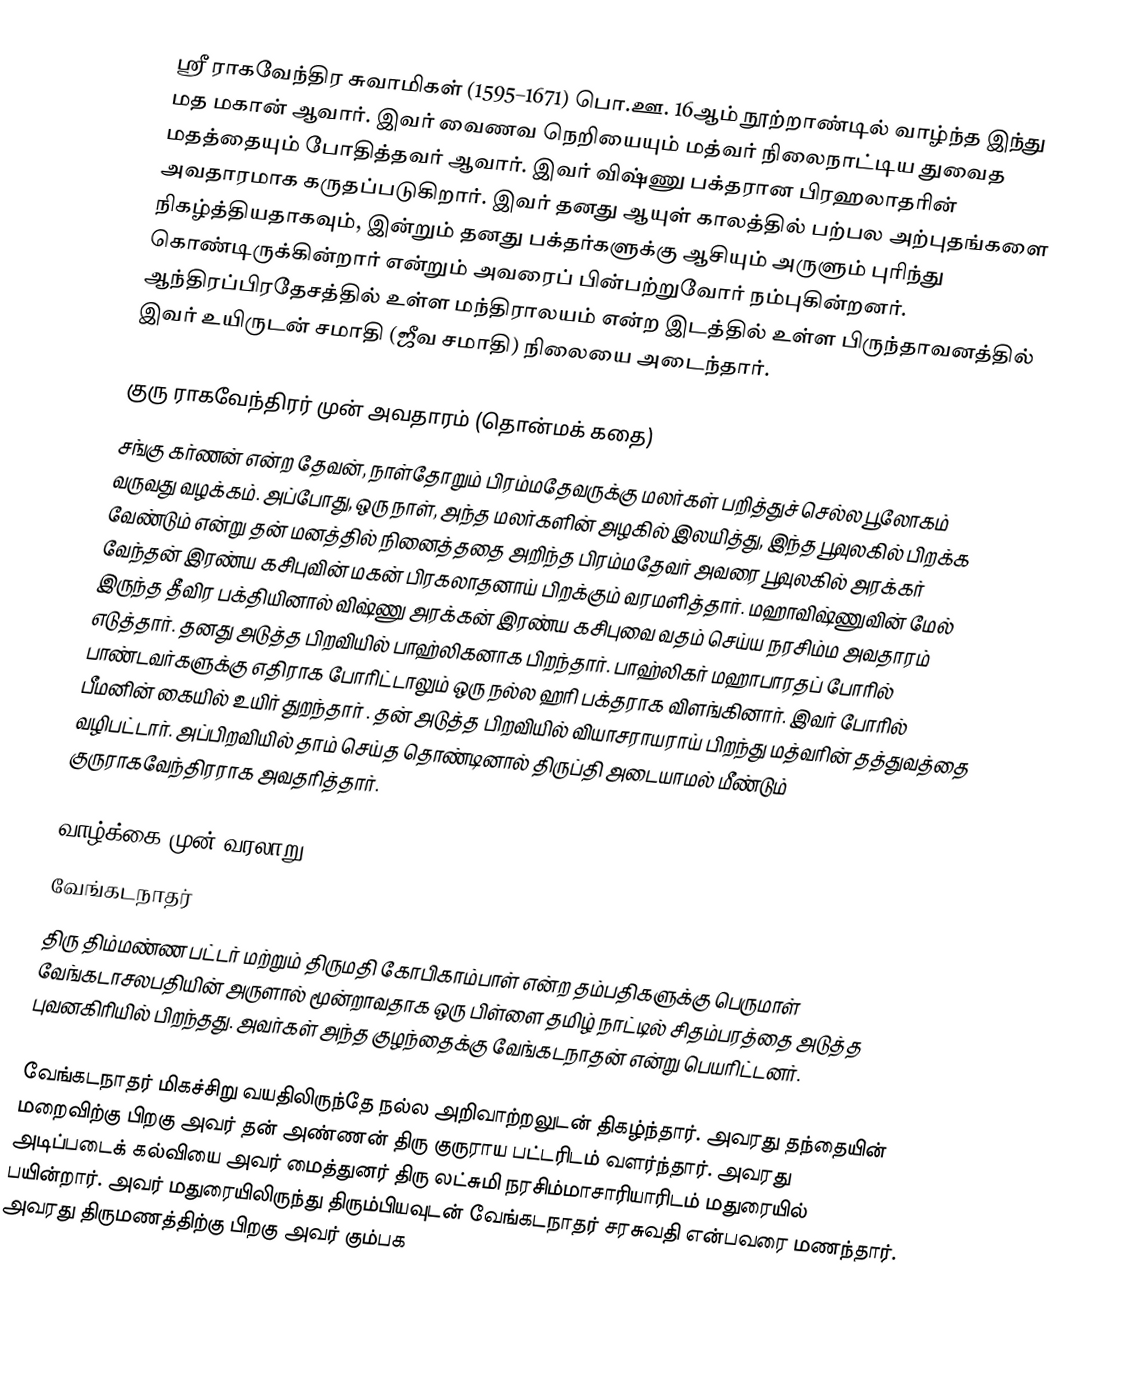
ஸ்ரீ ராகவேந்திர சுவாமிகள்  (1595–1671) பொ.ஊ. 16ஆம் நூற்றாண்டில் வாழ்ந்த இந்து மத மகான் ஆவார். இவர் வைணவ நெறியையும் மத்வர்  நிலைநாட்டிய துவைத மதத்தையும் போதித்தவர் ஆவார்.  இவர் விஷ்ணு பக்தரான பிரஹலாதரின் அவதாரமாக கருதப்படுகிறார்.  இவர் தனது ஆயுள் காலத்தில் பற்பல அற்புதங்களை நிகழ்த்தியதாகவும், இன்றும் தனது பக்தர்களுக்கு ஆசியும் அருளும் புரிந்து கொண்டிருக்கின்றார் என்றும் அவரைப் பின்பற்றுவோர் நம்புகின்றனர்.  ஆந்திரப்பிரதேசத்தில் உள்ள மந்திராலயம் என்ற இடத்தில் உள்ள பிருந்தாவனத்தில் இவர் உயிருடன் சமாதி (ஜீவ சமாதி) நிலையை அடைந்தார்.

குரு ராகவேந்திரர் முன் அவதாரம் (தொன்மக் கதை)
சங்கு கர்ணன் என்ற தேவன், நாள்தோறும் பிரம்மதேவருக்கு மலர்கள் பறித்துச் செல்ல பூலோகம் வருவது வழக்கம். அப்போது, ஒரு நாள், அந்த மலர்களின் அழகில் இலயித்து, இந்த பூவுலகில் பிறக்க வேண்டும் என்று தன் மனத்தில் நினைத்ததை அறிந்த பிரம்மதேவர் அவரை பூவுலகில் அரக்கர் வேந்தன் இரண்ய கசிபுவின் மகன் பிரகலாதனாய் பிறக்கும் வரமளித்தார். மஹாவிஷ்ணுவின் மேல் இருந்த தீவிர பக்தியினால் விஷ்ணு அரக்கன் இரண்ய கசிபுவை வதம் செய்ய நரசிம்ம அவதாரம் எடுத்தார். தனது அடுத்த பிறவியில் பாஹ்லிகனாக பிறந்தார்.  பாஹ்லிகர் மஹாபாரதப் போரில் பாண்டவர்களுக்கு எதிராக போரிட்டாலும் ஒரு நல்ல ஹரி பக்தராக விளங்கினார்.  இவர் போரில் பீமனின் கையில் உயிர் துறந்தார் . தன் அடுத்த பிறவியில் வியாசராயராய் பிறந்து மத்வரின் தத்துவத்தை வழிபட்டார்.  அப்பிறவியில் தாம்  செய்த தொண்டினால் திருப்தி அடையாமல் மீண்டும் குருராகவேந்திரராக அவதரித்தார்.

வாழ்க்கை முன் வரலாறு
வேங்கடநாதர்
திரு திம்மண்ண பட்டர் மற்றும் திருமதி கோபிகாம்பாள் என்ற தம்பதிகளுக்கு பெருமாள் வேங்கடாசலபதியின் அருளால் மூன்றாவதாக ஒரு பிள்ளை தமிழ் நாட்டில் சிதம்பரத்தை அடுத்த புவனகிரியில்  பிறந்தது.  அவர்கள் அந்த குழந்தைக்கு வேங்கடநாதன் என்று பெயரிட்டனர்.

வேங்கடநாதர் மிகச்சிறு வயதிலிருந்தே நல்ல அறிவாற்றலுடன் திகழ்ந்தார்.  அவரது தந்தையின் மறைவிற்கு பிறகு அவர் தன் அண்ணன் திரு குருராய பட்டரிடம் வளர்ந்தார்.  அவரது அடிப்படைக் கல்வியை அவர் மைத்துனர் திரு லட்சுமி நரசிம்மாசாரியாரிடம்  மதுரையில் பயின்றார்.  அவர் மதுரையிலிருந்து திரும்பியவுடன் வேங்கடநாதர் சரசுவதி என்பவரை மணந்தார். அவரது திருமணத்திற்கு பிறகு அவர் கும்பக